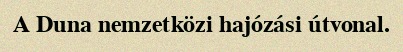
A Duna nemzetközi hajózási útvonal.